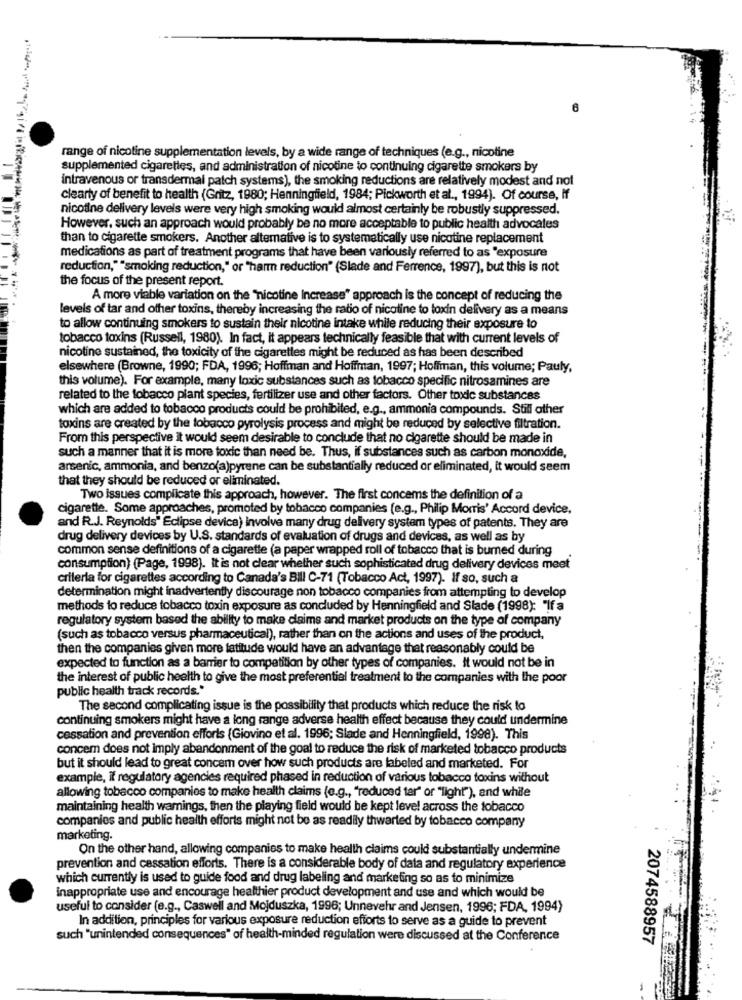
range of nicotine supplementation levels, by a wide range of techniques (e.g ., nicotine
supplemented cigarettes, and administration of nicotine to continuing cigarette smokers by
intravenous or transdermal patch systems), the smoking reductions are relatively modest and not
clearly of benefit to health (Gritz, 1980; Henningfield, 1984; Pickworth et al ., 1994). Of course, if
nicotine delivery levels were very high smoking would almost certainly be robustly suppressed.
However, such an approach would probably be no more acceptable to public health advocates
than to cigarette smokers. Another altemative is to systematically use nicotine replacement
medications as part of treatment programs that have been variously referred to as 'exposure
reduction,""smoking reduction," or "harm reduction" (Slade and Ferrence, 1997), but this is not
the focus of the present report.
A more viable variation on the "nicotine Increase" approach is the concept of reducing the
levels of tar and other toxins, thereby increasing the ratio of nicotine to toxin delivery as a means
to allow continuing smokers to sustain their nicotine intake while reducing their exposure to
tobacco toxins (Russell, 1980). In fact, it appears technically feasible that with current levels of
nicotine sustained, the toxicity of the cigarettes might be reduced as has been described
elsewhere (Browne, 1990; FDA, 1996; Hoffman and Hoffman, 1997; Hoffman, this volume; Pauly,
this volume). For example, many toxic substances such as tobacco specific nitrosamines are
related to the tobacco plant species, fertilizer use and other factors. Other toxic substances
which are added to tobacco products could be prohibited, e.g ., ammonia compounds. Still other
toxins are created by the tobacco pyrolysis process and might be reduced by selective filtration.
From this perspective it would seem desirable to conclude that no cigarette should be made in
such a manner that it is more toxic than need be. Thus, if substances such as carbon monoxide,
arsenic, ammonia, and benzo(a)pyrene can be substantially reduced or eliminated, it would seem
that they should be reduced or eliminated.
Two issues complicate this approach, however. The first concems the definition of a
cigarette. Some approaches, promoted by tobacco companies (e.g ., Philip Morris' Accord device,
and R.J. Reynolds" Eclipse device) involve many drug delivery system types of patents. They are
drug delivery devices by U.S. standards of evaluation of drugs and devices, as well as by
common sense definitions of a cigarette (a paper wrapped roll of tobacco that is burned during
consumption) (Page, 1998). It is not clear whether such sophisticated drug delivery devices meet
criteria for cigarettes according to Canada's Bill C-71 (Tobacco Act, 1997). If so, such a
determination might inadvertently discourage non tobacco companies from attempting to develop
methods to reduce tobacco toxin exposure as concluded by Henningfield and Slade (1998): "If a
regulatory system based the ability to make claims and market products on the type of company
(such as tobacco versus pharmaceutical), rather than on the actions and uses of the product,
then the companies given more latitude would have an advantage that reasonably could be
expected to function as a barrier to competition by other types of companies. It would not be in
the interest of public health to give the most preferential treatment to the companies with the poor
public health track records."
The second complicating issue is the possibility that products which reduce the risk to
continuing smokers might have a long range adverse health effect because they could undermine
cessation and prevention efforts (Giovino et al. 1996; Slade and Henningfield, 1998). This
concem does not imply abandonment of the goal to reduce the risk of marketed tobacco products
but it should lead to great concem over how such products are labeled and marketed. For
example, if regulatory agencies required phased in reduction of various tobacco toxins without
allowing tobacco companies to make health claims (e.g ., "reduced tar" or "light"), and while
maintaining health warnings, then the playing field would be kept level across the tobacco
companies and public health efforts might not be as readily thwarted by tobacco company
marketing.
On the other hand, allowing companies to make health claims could substantially undermine
prevention and cessation efforts. There is a considerable body of data and regulatory experience
which currently is used to guide food and drug labeling and marketing so as to minimize
inappropriate use and encourage healthier product development and use and which would be
useful to consider (e.g ., Caswell and Mojduszka, 1996; Unnevehr and Jensen, 1996; FDA, 1994)
In addition, principles for various exposure reduction efforts to serve as a guide to prevent
such "unintended consequences" of health-minded regulation were discussed at the Conference
2074588957